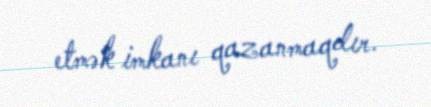
etmək imkanı qazanmaqdır.